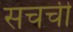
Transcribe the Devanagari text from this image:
सचची